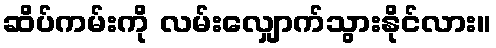
ဆိပ်ကမ်းကို လမ်းလျှောက်သွားနိုင်လား။